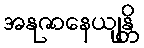
အနုဇာနေယျန္တိ